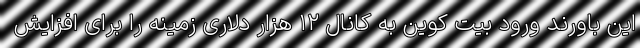
این باورند ورود بیت کوین به کانال ۱۲ هزار دلاری زمینه را برای افزایش